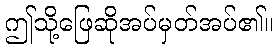
ဤသို့ဖြေဆိုအပ်မှတ်အပ်၏။